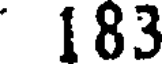
183